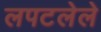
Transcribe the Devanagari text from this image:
लपटलेले